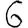
Digit: 6